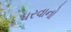
ધરવાનો